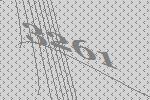
3261